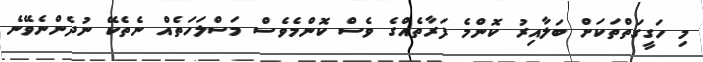
މި ހަގީގަތްތަކަށް ބަލާއިރު ކޮންމެ ފަރާތެއްގެ ވެސް ކޮންމެވެސް މަސްލަހަތެއް ނެތެކޭ ނުދެންނެވޭނެ